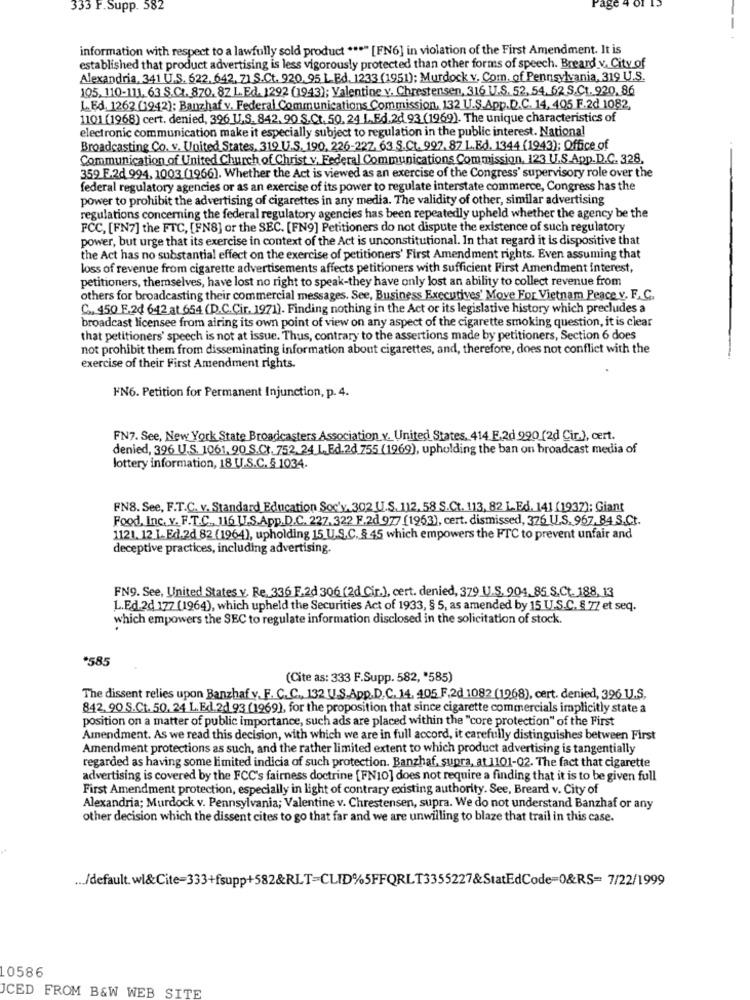
333 F.Supp. 582
information with respect to a lawfully sold product *** " [FN6] in violation of the First Amendment. It is
established that product advertising is less vigorously protected than other forms of speech. Breard v. City of
Alexandria, 341 U.S. 622, 642, 71 S.Ct. 920.95. L.Ed. 1233 (1951): Murdock v. Com. of Pennsylvania, 319 U.S.
105. 110-111, 63 S.C .. 870, 87 L.Ed. 1292 (1943); Valentine v. Chrestensen, 316 U.S. 52, 54, 62 S.Ct. 920, 86
L. Ed. 1262 (1942); Banzhaf v. Federal Communications Commission, 132 U.S.App.D.C. 14, 405 F.2d 1082,
1101 (1968) cert. denied, 396 U.S. 842, 90 S. Ct. 50, 24 L.Ed.22 93 (1969). The unique characteristics of
electronic communication make it especially subject to regulation in the public interest. National
Broadcasting Co. v. United States, 319 U.S. 190, 226-22Z. 63 S.Ct. 997.87 L.Ed. 1344 (1943); Office of
Communication of United Church of Christ v. Federal Communications Commission, 123 U.S.App.D.C. 328,
359 F.2d 994, 1003 (1966). Whether the Act is viewed as an exercise of the Congress' supervisory role over the
federal regulatory agencies or as an exercise of its power to regulate interstate commerce, Congress has the
power to prohibit the advertising of cigarettes in any media. The validity of other, similar advertising
regulations concerning the federal regulatory agencies has been repeatedly upheld whether the agency be the
FCC, [FN7] the FTC, [FN8] or the SEC. [FN9] Petitioners do not dispute the existence of such regulatory
power, but urge that its exercise in context of the Act is unconstitutional. In that regard it is dispositive that
the Act has no substantial effect on the exercise of petitioners' First Amendment rights. Even assuming that
loss of revenue from cigarette advertisements affects petitioners with sufficient First Amendment interest,
petitioners, themselves, have lost no right to speak-they have only lost an ability to collect revenue from
others for broadcasting their commercial messages. See, Business Executives' Move For Vietnam Peace v. F. C.
C .. 450 E.2d 642 at 654 (D.C.Cir. 1971). Finding nothing in the Act or its legislative history which precludes a
broadcast licensee from airing its own point of view on any aspect of the cigarette smoking question, it is clear
that petitioners' speech is not at issue. Thus, contrary to the assertions made by petitioners, Section 6 does
not prohibit them from disseminating information about cigarettes, and, therefore, does not conflict with the
exercise of their First Amendment rights.
FN6. Petition for Permanent Injunction, p. 4.
FN7. See, New York State Broadcasters Association v. United States, 414 F.2d 990 (2d Cir.), cert.
denied, 396 U.S. 1061, 90 S.Ct. 752.24 L. Ed.2d 755 (1969), upholding the ban on broadcast media of
lottery information, 18 U.S.C. § 1034.
FN8. See, F.T.C. v. Standard Education Soc'y. 302 U.S. 112, 58 S.Ct. 113, 82 L.Ed. 141 (1937); Giant
Food, Inc. v. F.T.C ., 116 U.S.App.D.C. 227.322 F.2d 977 (1963), cert. dismissed, 376 U.S. 967, 84 S.Ct.
1121. 12.1. Ed.2d 82 (1964), upholding 15 U.S.C. § 45 which empowers the FTC to prevent unfair and
deceptive practices, including advertising.
FN9. See, United States v. Re. 336 F.2d 306 (2d Cir.), cert. denied, 379 U.S. 904.85 S.Ct. 188, 13
L.Ed.2d 177 (1964), which upheld the Securities Act of 1933, § 5, as amended by 15 U.S.C. § 77 et seq.
which empowers the SEC to regulate information disclosed in the solicitation of stock.
*585
(Cite as: 333 F.Supp. 582, '585)
The dissent relies upon Banzhaf v. F. C.C ., 132 U.S.App.D.C. 14. 405 F.2d 1082 (1968), cert. denied, 396 U.S.
842, 90 S.Ct. 50, 24 L.Ed.2d 93 (1969), for the proposition that since cigarette commercials implicitly state a
position on a matter of public importance, such ads are placed within the "core protection" of the First
Amendment. As we read this decision, with which we are in full accord, it carefully distinguishes between First
Amendment protections as such, and the rather limited extent to which product advertising is tangentially
regarded as having some limited indicia of such protection. Banzhaf, supra, at 1101-02. The fact that cigarette
advertising is covered by the FCC's fairness doctrine [FN10] does not require a finding that it is to be given full
First Amendment protection, especially in light of contrary existing authority. See, Breard v. City of
Alexandria; Murdock v. Pennsylvania; Valentine v. Chrestensen, supra. We do not understand Banzhaf or any
other decision which the dissent cites to go that far and we are unwilling to blaze that trail in this case.
... /default. wl&Cite=333+fsupp+582&RLT=CLID%5FFQRLT3355227&StatEdCode=0&RS= 7/22/1999
0586
ICED FROM B&W WEB SITE